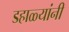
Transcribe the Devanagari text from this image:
डहाळ्यांनी